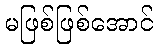
မဖြစ်ဖြစ်အောင်